Indian journal of veterinary science and animal husbandry - Volumes 18-21, 1948-1951
Year: 1948
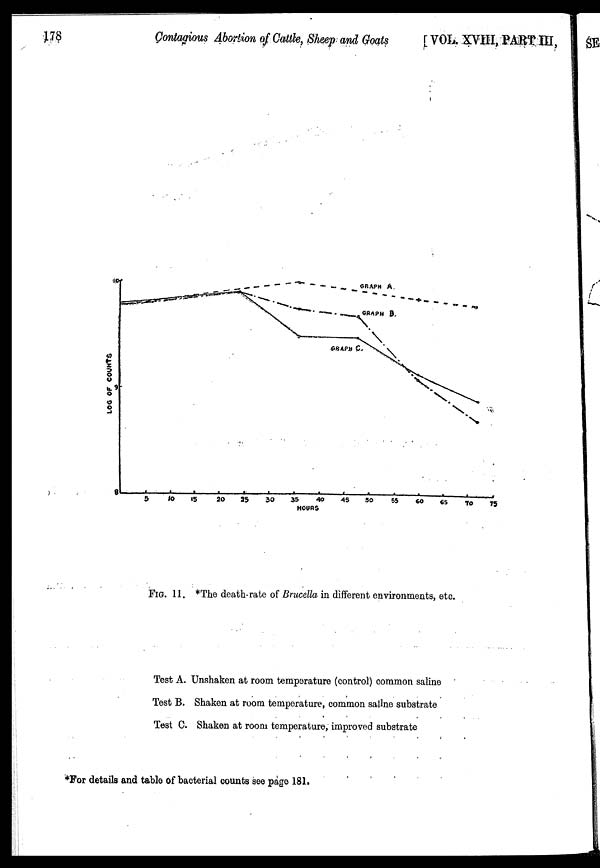
178
Contagious Abortion of Cattle, Sheep and Goats
[VOL. XVIII, PART III,
FIG. 11. *The death-rate of Brucella in different environments, etc.
Test A. Unshaken at room temperature (control) common saline
Test B. Shaken at room temperature, common saline substrate
Test C. Shaken at room temperature, improved substrate
*For details and table of bacterial counts see page 181.